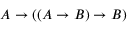
A \to ( ( A \to B ) \to B )